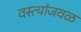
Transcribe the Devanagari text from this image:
वस्त्यांजवळ